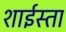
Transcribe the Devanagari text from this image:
शाईस्ता